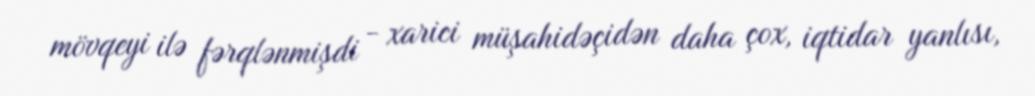
mövqeyi ilə fərqlənmişdi - xarici müşahidəçidən daha çox, iqtidar yanlısı,